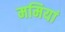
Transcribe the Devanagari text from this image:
ममियां